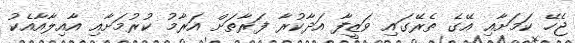
ޖެހޭ ކަމަށާއި އޭގެ ތެރޭގައި ވަޒީފާ އަދާކުރާ ފަރާތަށް އަރާމު ކުރުމަށާއި އާއިލާއާއެކު